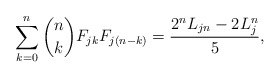
\begin{align*}\sum_{k=0}^{n} {n\choose k} F_{jk} F_{j(n-k)} = \frac{ 2^n L_{jn} - 2 L_j^n}{5},\end{align*}